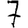
Digit: 7